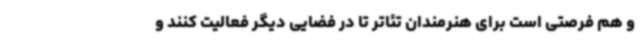
و هم فرصتی است برای هنرمندان تئاتر تا در فضایی دیگر فعالیت کنند و